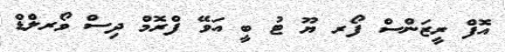
އޮފް ރީޒަންސް ފޯރ ޔޫ ޓު ބީ އަވޭ ފްރޮމް ދިސް ވޯރލްޑް